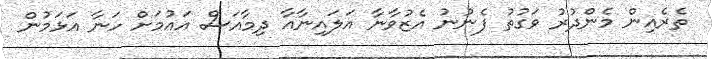
ތެރެއިން މެންދުރު ވަގުތު ފެނުނު އެޒުވާނާ އަލައިނާއާ ދިމާއަސް އައުމަށް ހަނާ އަޅަމުން